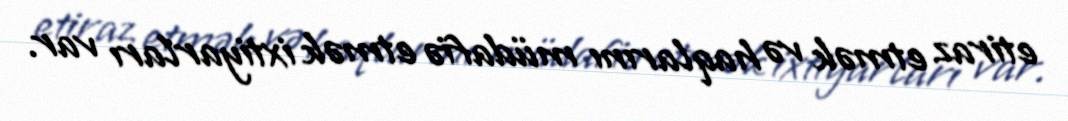
etiraz etmək və haqlarını müdafiə etmək ixtiyarları var.